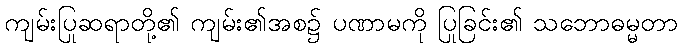
ကျမ်းပြုဆရာတို့၏ ကျမ်း၏အစ၌ ပဏာမကို ပြုခြင်း၏ သဘောဓမ္မတာ